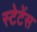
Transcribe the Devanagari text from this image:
स्टेटेंस